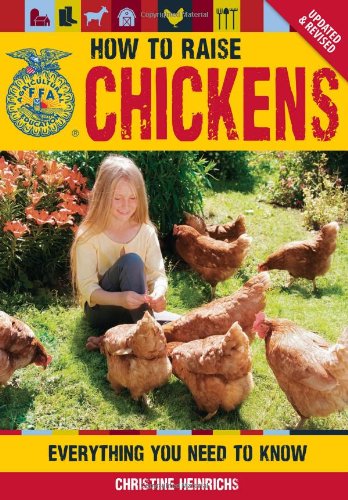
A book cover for How to Raise Chickens: Everything You Need to Know, Updated & Revised (FFA); Christine Heinrichs; Business & Money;